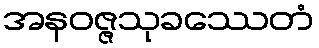
အနဝဇ္ဇသုခဿေတံ